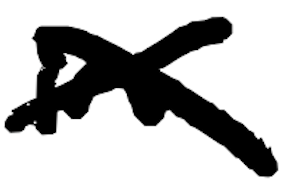
Text: in
Cross-out: mix
Writing tool: digital_black